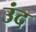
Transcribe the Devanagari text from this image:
उंद